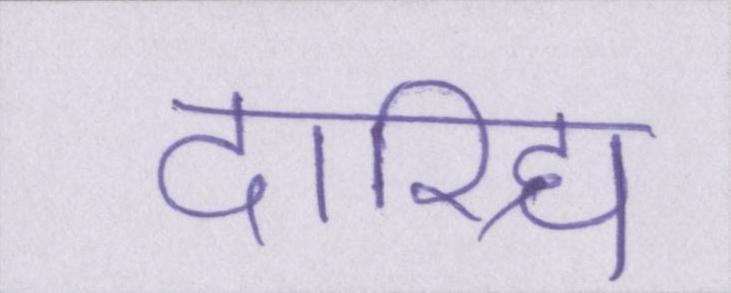
दारिद्र्य